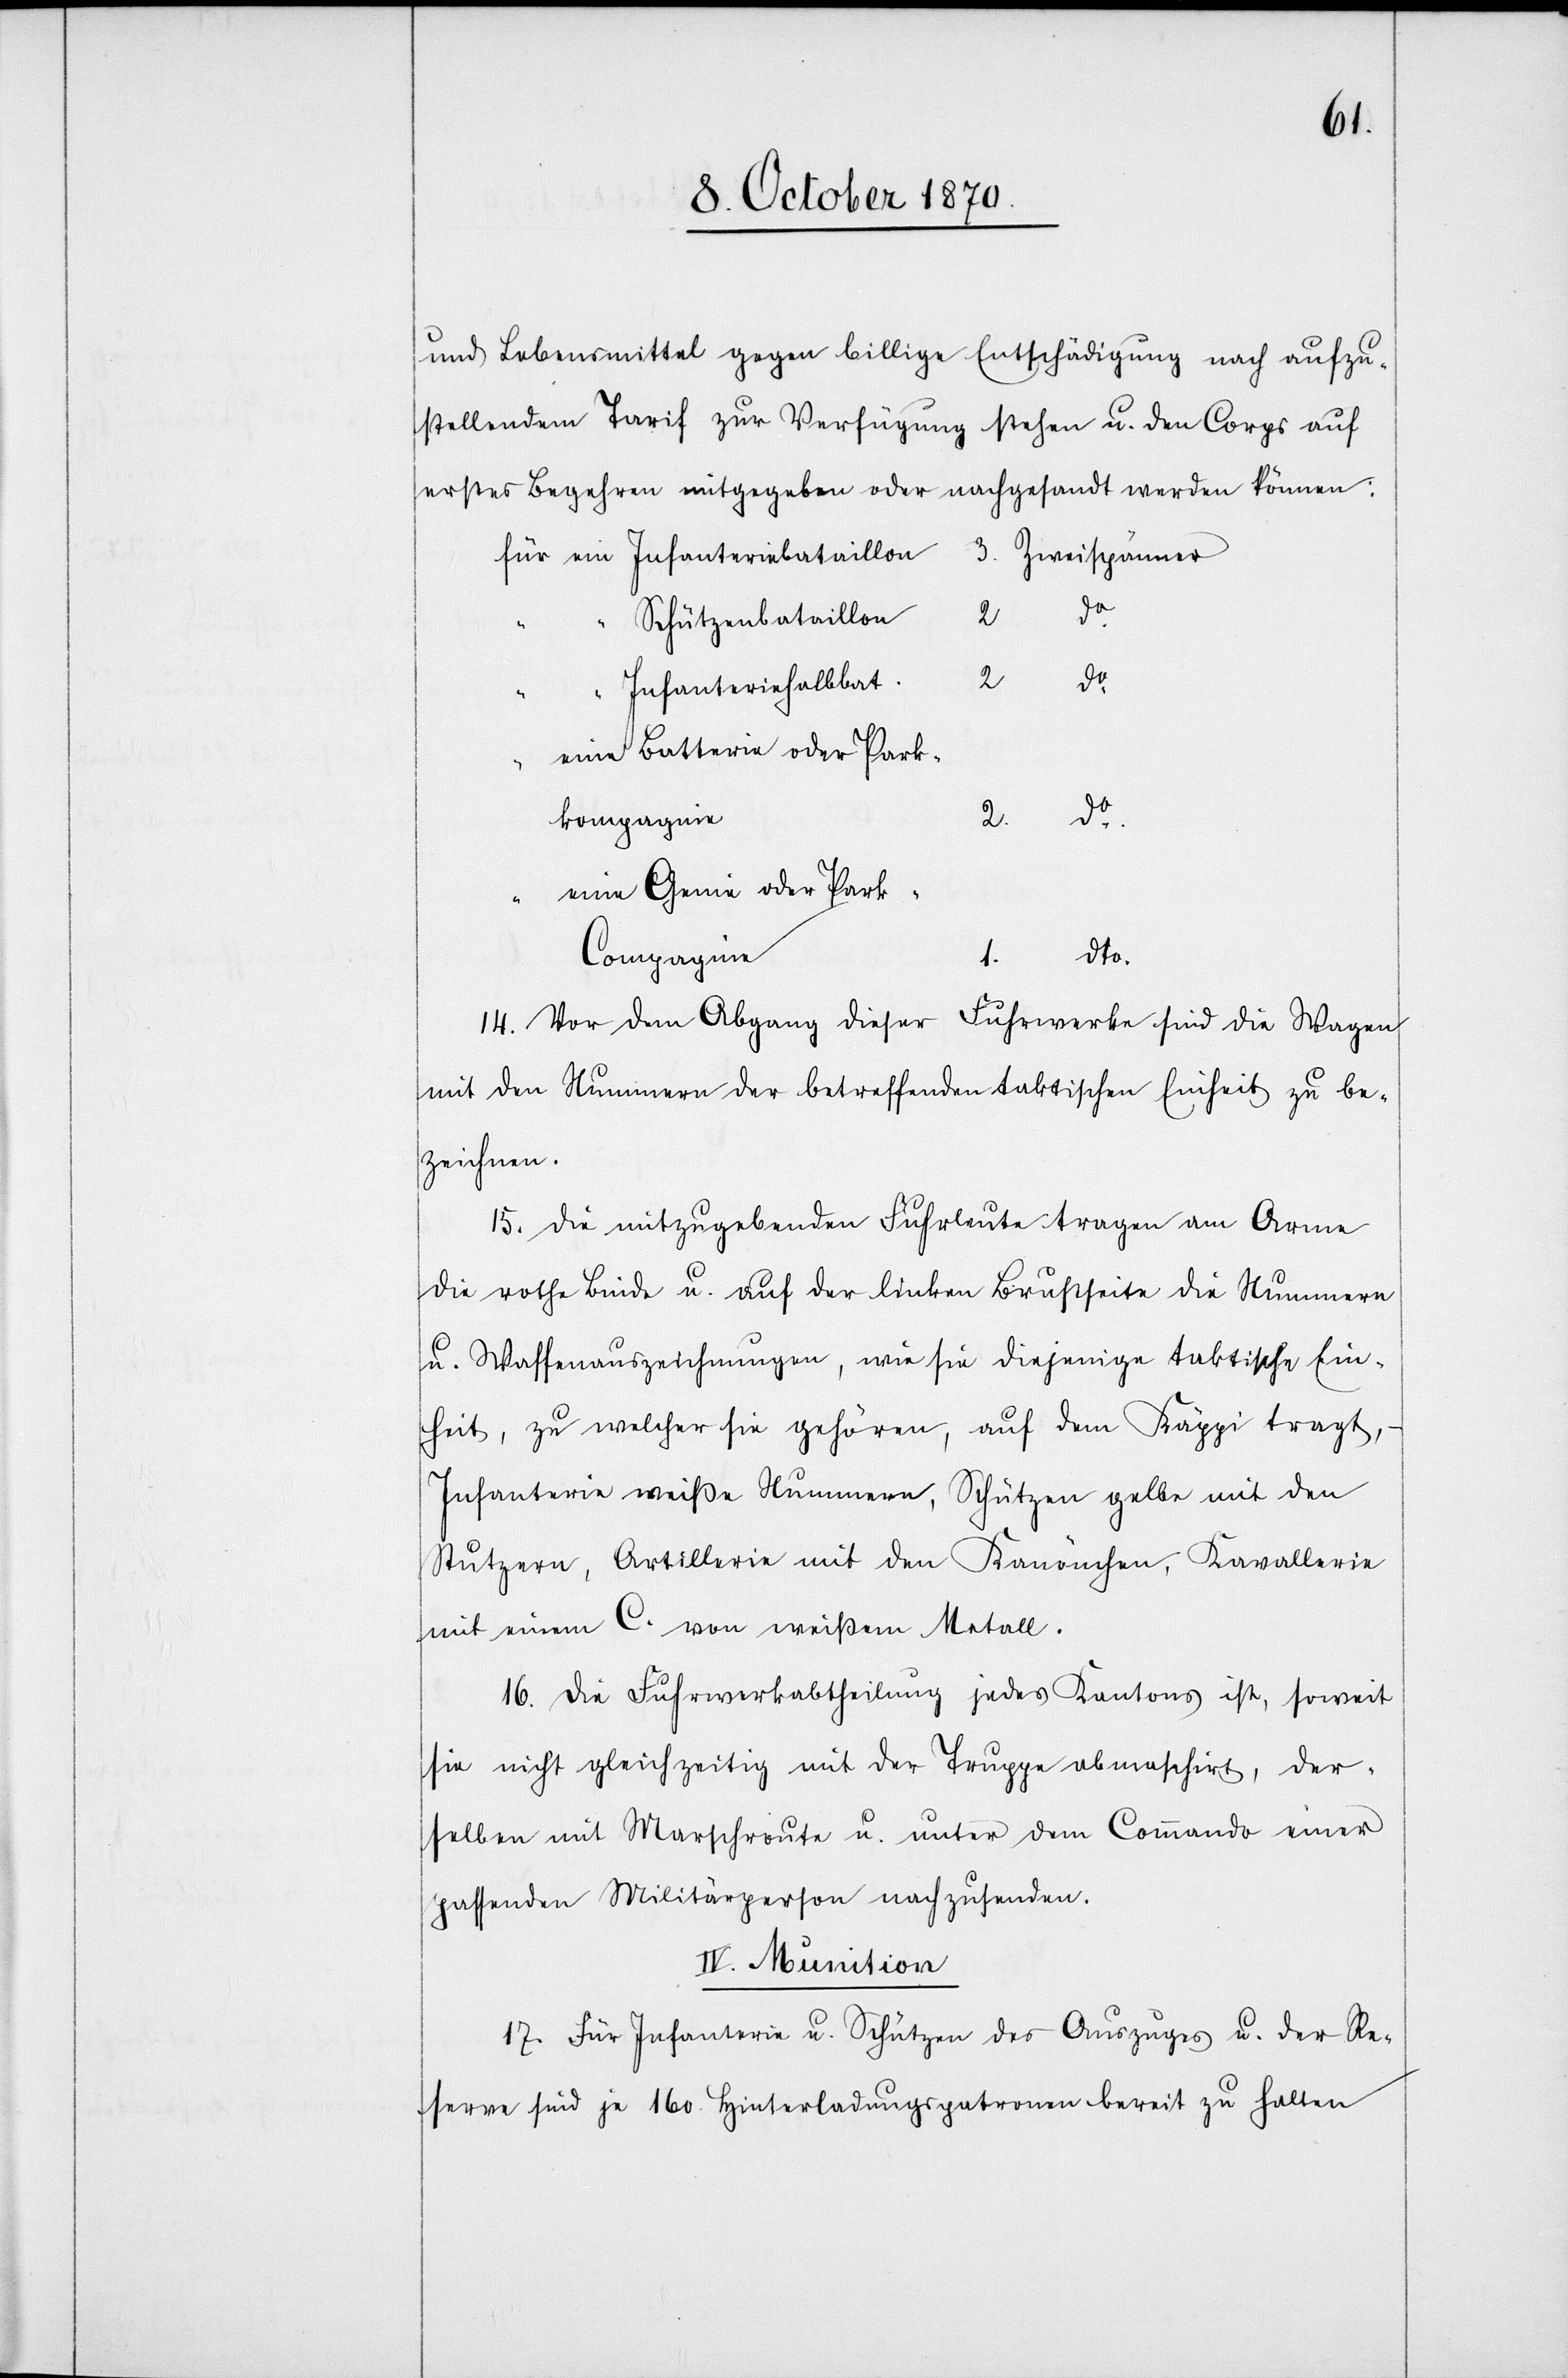
und Lebensmittel gegen billige Entschädigung nach aufzu¬
stellendem Tarif zur Verfügung stehen u. den Corps auf
erstes Begehren mitgegeben oder nachgesandt werden können:
für
eine
3.
Schützenbataillon
2
do.
Infanteriehalbbat.
Batterie oder Park¬
kompagnie
Genie oder Park-C¬
“
dto.
ompagnie
1.
14. Vor dem Abgang dieser Fuhrwerke sind die Wagen
mit den Nummern der betreffenden taktischen Einheit zu be¬
zeichnen.
15. Die mitzugebenden Fuhrleute tragen am Arme
die rothe Binde u. auf der linken Brustseite die Nummern
u. Waffenauszeichnungen, wie sie diejenige taktische Ein¬
heit, zu welcher sie gehören, auf dem Käppi trägt,
Infanterie weisse Nummern, Schützen gelbe mit den
Stützern, Artillerie mit den Kanönchen, Kavallerie
mit einem C. von weißem Metall.
16. Die Furwerkabtheilung jedes Kantons ist, soweit
sie nicht gleichzeitig mit der Truppe abma[r]schirt, der¬
selben mit Marschroute u. unter dem Commando einer
passenden Militärperson nachzusenden.
IV. Munition
17. Für Infanterie u. Schützen des Auszuges u. der Re¬
serve sind je 160. Hinterladungspatronen bereit zu halten